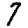
Digit: 7